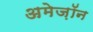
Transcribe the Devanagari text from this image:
अमेज़ॉन